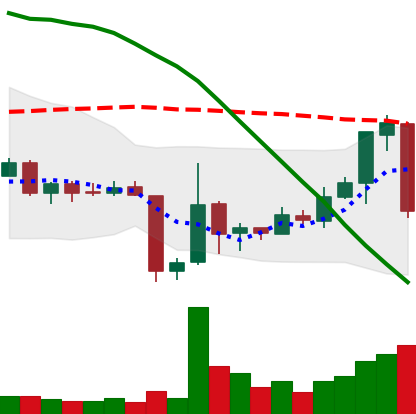
Ticker: ETC-USD
Chart end date: 2018-06-22
Forward return: 5.201%
Label: up_5_7